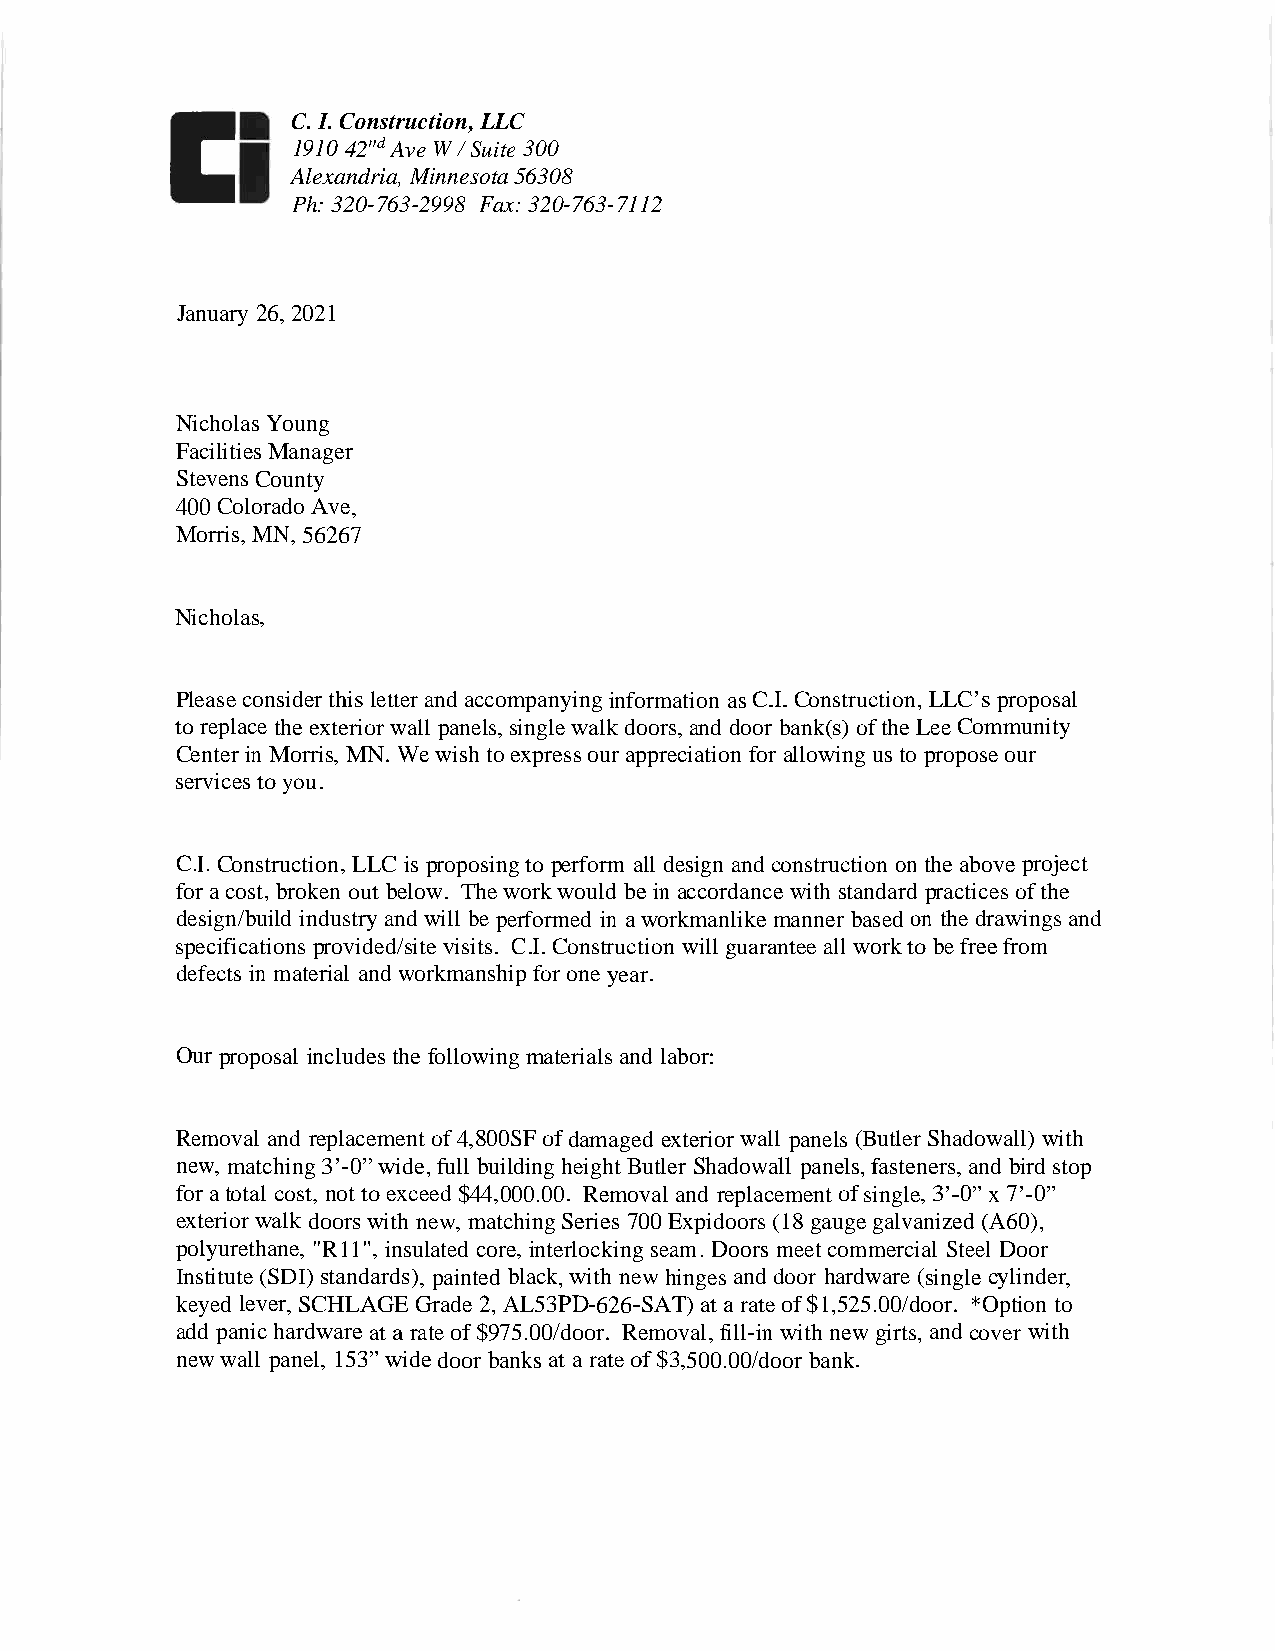
C. I.Construction,LLC
 1910 42"d Ave W / Suite 300
 Alexandria, Minnesota56308
 Ph:320-763-2998 Fax: 320-763-7112
 January 26, 2021
 NicholasYoung
 FacilitiesManager
 StevensCounty
 400 Colorado Ave,
 Morris,MN,56267
 Nicholas,
 Pleaseconsiderthis letterand accompanyinginformation asC.I.Construction,LLC’sproposal
 to replacetheexteriorwall panels,singlewalkdoors,and door bank(s)oftheLeeCommunity
 Center in Morris, MN.Wewish toexpressour appreciation for allowingusto proposeour
 servicestoyou.
 C.I.Construction, LLC isproposingto perform all design andconstruction ontheabove project
 foracost, broken out below. Theworkwould bein accordancewith standard practicesofthe
 design/build industry and will be performed in aworkmanlikemanner based on thedrawingsand
 specifications provided/sitevisits. C.I.Construction will guarantee all worktobefreefrom
 defects in material and workmanshipforoneyear.
 Our proposal includesthe following materialsand labor:
 Removal and replacementof4,800SFofdamaged exteriorwall panels(ButlerShadowall) with
 new, matching3’-0”wide,full building height ButlerShadowall panels,fasteners,and bird stop
 foratotal cost, nottoexceed$44,000.00. Removal and replacementofsingle,3’-0”x 7’-0”
 exteriorwalk doorswith new, matchingSeries 700Expidoors(18gaugegalvanized (A60),
 polyurethane, "R11", insulated core, interlocking seam.Doors meetcommercial Steel Door
 Institute(SDI)standards), painted black,with new hingesanddoor hardware (singlecylinder,
 keyed lever, SCHLAGEGrade 2, AL53PD-626-SAT)ata rateof$1,525.00/door. *Option to
 add panichardware ata rateof$975.00/door. Removal,fill- in with newgirts,andcover with
 newwall panel, 153”widedoorbanksat a rateof$3,500.00/door bank.